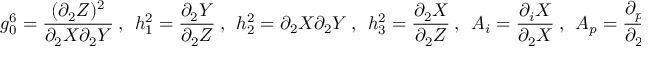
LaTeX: g _ { 0 } ^ { 6 } = \frac { ( \partial _ { 2 } Z ) ^ { 2 } } { \partial _ { 2 } X \partial _ { 2 } Y } ~ , ~ ~ h _ { 1 } ^ { 2 } = \frac { \partial _ { 2 } Y } { \partial _ { 2 } Z } ~ , ~ ~ h _ { 2 } ^ { 2 } = \partial _ { 2 } X \partial _ { 2 } Y ~ , ~ ~ h _ { 3 } ^ { 2 } = \frac { \partial _ { 2 } X } { \partial _ { 2 } Z } ~ , ~ ~ A _ { i } = \frac { \partial _ { i } X } { \partial _ { 2 } X } ~ , ~ ~ A _ { p } = \frac { \partial _ { p } Y } { \partial _ { 2 } Y } ~ .